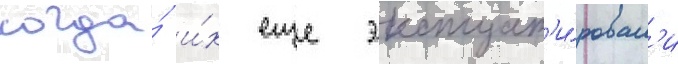
когда́ и́х еще эксплуат'и́ровал'и